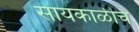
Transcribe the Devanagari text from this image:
सायंकाळीच